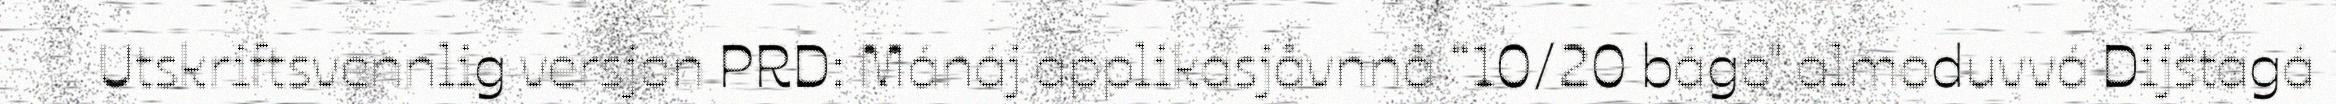
Utskriftsvennlig versjon PRD: Mánáj applikasjåvnnå “10/20 bágo" almoduvvá Dijstagá